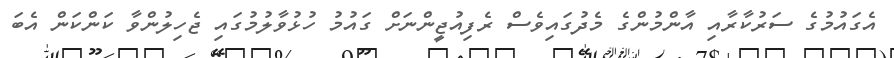
އެގައުމުގެ ސަރުކާރާއި އާންމުންގެ މެދުގައިވެސް ރެފިއުޖީންނަށް ގައުމު ހުޅުވާލުމުގައި ޖެހިލުންވާ ކަންކަން އެބަ